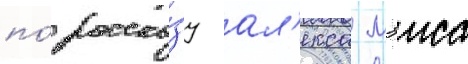
по́ расска́зу ал'екса мэиса